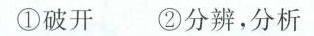
①破开②分辨，分析